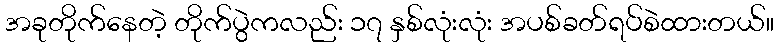
အခုတိုက်နေတဲ့ တိုက်ပွဲကလည်း ၁၇ နှစ်လုံးလုံး အပစ်ခတ်ရပ်စဲထားတယ်။